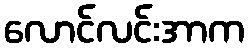
လောင်လင်းအာက